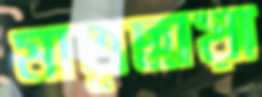
মাতৃছায়া